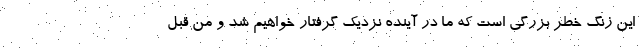
این زنگ خطر بزرگی است که ما در آینده نزدیک گرفتار خواهیم شد و من قبل